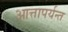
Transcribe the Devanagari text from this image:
आत्तापर्यन्त